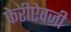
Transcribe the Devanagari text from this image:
फेरीऐवजी